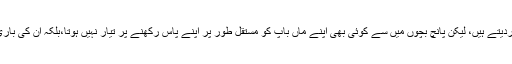
ماں باپ ہنسی خوشی اپنے پانچ بچوں کو پال پوس کر بڑا کردیتے ہیں، لیکن پانچ بچوں میں سے کوئی بھی اپنے ماں باپ کو مستقل طور پر اپنے پاس رکھنے پر تیار نہیں ہوتا،بلکہ ان کی باری لگاتے ہیں،کہ وہ اپنے ہر بچے کے یہاں کچھ دن گزاریں۔